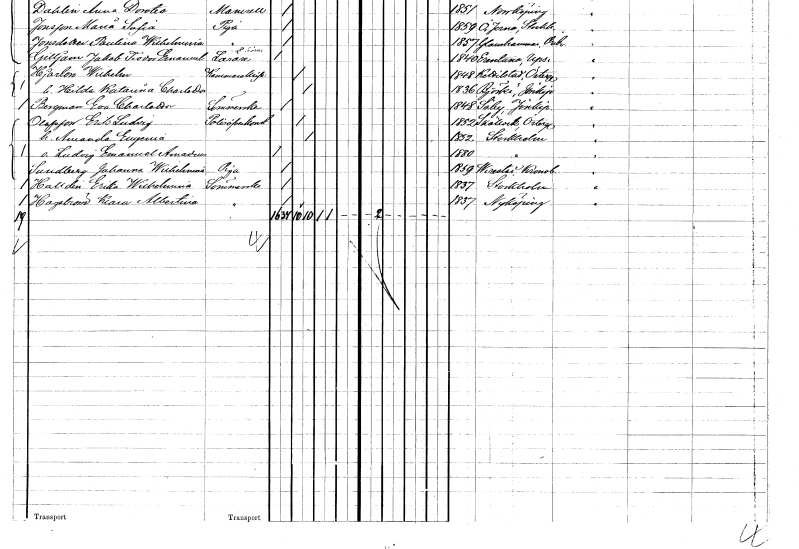
gt_parse: households: individuals: FN: Erik Ludvig
EN: Olofsson
YRKE: Polisöverkonstapel
KON: M
CIV: G
FODAR: 1852
FODFORS: Skällvik Östergötlands län
FN: Amanda Eugenia
KON: K
CIV: G
FODAR: 1852
FODFORS: Stockholm
FN: Ludvig Emanuel Amadeus
KON: M
CIV: O
FODAR: 1880
FODFORS: Stockholm
FN: Johanna Wilhelmina
EN: Sundberg
YRKE: Piga
KON: K
CIV: O
FODAR: 1859
FODFORS: Virestad Kronobergs län
FN: Erika Wilhelmina
EN: Halldin
YRKE: Sömmerska
KON: K
CIV: O
FODAR: 1837
FODFORS: Stockholm
FN: Klara Albertina
EN: Hagström
YRKE: Sömmerska
KON: K
CIV: O
FODAR: 1837
FODFORS: Nyköping Södermanlands län